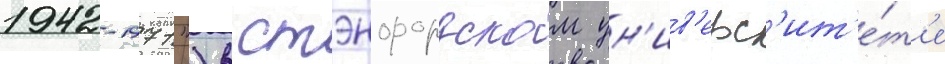
1942-1971") в стэнфордском ун'ив'ерс'ит'е́т'е